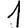
Digit: 1